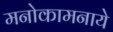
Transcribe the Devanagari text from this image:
मनोकामनाये